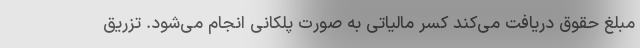
مبلغ حقوق دریافت می‌کند کسر مالیاتی به صورت پلکانی انجام می‌شود. تزریق